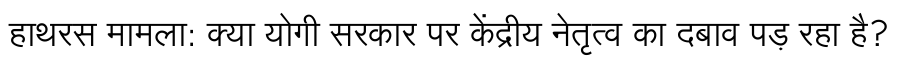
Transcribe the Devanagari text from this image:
हाथरस मामला: क्या योगी सरकार पर केंद्रीय नेतृत्व का दबाव पड़ रहा है?